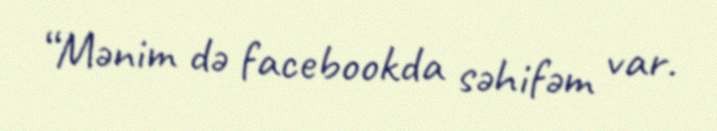
“Mənim də facebookda səhifəm var.